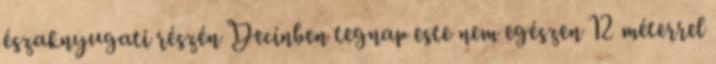
északnyugati részén Decínben tegnap este nem egészen 12 méterrel